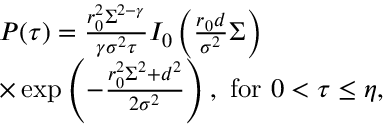
\begin{array} { r l } & { P ( \tau ) = \frac { r _ { 0 } ^ { 2 } \Sigma ^ { 2 - \gamma } } { \gamma \sigma ^ { 2 } \tau } I _ { 0 } \left( \frac { r _ { 0 } d } { \sigma ^ { 2 } } \Sigma \right) } \\ & { \times \exp \left( - \frac { r _ { 0 } ^ { 2 } \Sigma ^ { 2 } + d ^ { 2 } } { 2 \sigma ^ { 2 } } \right) , ~ \mathrm { f o r ~ } 0 < \tau \leq \eta , } \end{array}